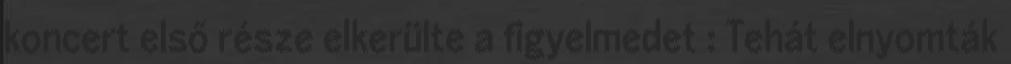
koncert első része elkerülte a figyelmedet : Tehát elnyomták